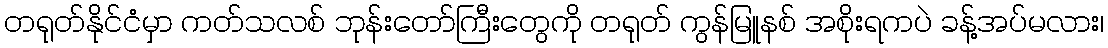
တရုတ်နိုင်ငံမှာ ကတ်သလစ် ဘုန်းတော်ကြီးတွေကို တရုတ် ကွန်မြူနစ် အစိုးရကပဲ ခန့်အပ်မလား၊